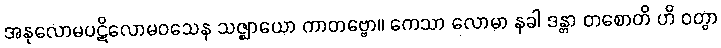
အနုလောမပဋိလောမဝသေန သဇ္ဈာယော ကာတဗ္ဗော။ ကေသာ လောမာ နခါ ဒန္တာ တစောတိ ဟိ ဝတွာ